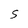
Character: S